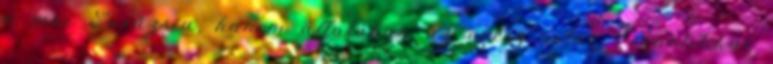
a mai Eurázsia, hanem általában az egész világ geopolitikai